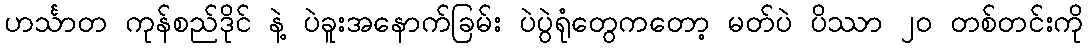
ဟင်္သာတ ကုန်စည်ဒိုင် နဲ့ ပဲခူးအနောက်ခြမ်း ပဲပွဲရုံတွေကတော့ မတ်ပဲ ပိဿာ ၂၀ တစ်တင်းကို